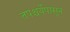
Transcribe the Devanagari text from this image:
तपश्चर्येपासून